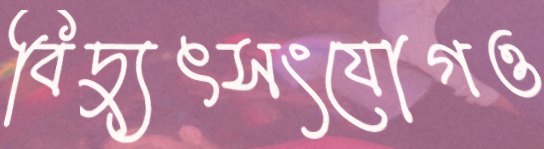
বিদ্যুৎসংযোগও